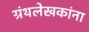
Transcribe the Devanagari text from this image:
ग्रंथलेखकांना